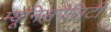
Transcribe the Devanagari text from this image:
म्यूनिसपैलिटी